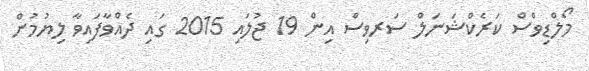
މޯލްޑިވްސް ކަރެކްޝަނަލް ސަރވިސް އިން 19 ޖުލައި 2015 ގައި ދެއްވާފައިވާ ލިޔުމުން